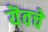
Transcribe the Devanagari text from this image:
यॆवचे